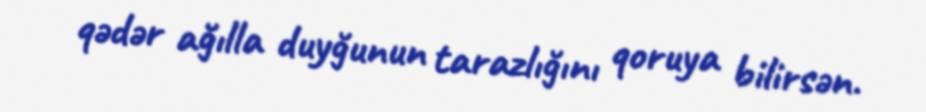
qədər ağılla duyğunun tarazlığını qoruya bilirsən.